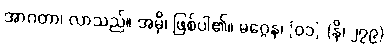
အာဂတာ၊ လာသည်။ အမှိ၊ ဖြစ်ပါ၏။ မဂ္ဂေန၊ [၀၁] (နိ၊ ၂၇၉)